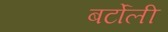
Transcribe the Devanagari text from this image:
बर्टोली